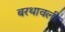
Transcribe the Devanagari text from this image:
बरथावली